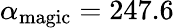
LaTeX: \alpha_{\mathrm{magic}}=247.6